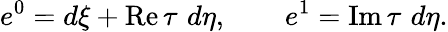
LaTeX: e^{0}=d\xi+\mathrm{Re}\, \tau\, \, d\eta,\quad\quad e^{1}=\mathrm{Im}\, \tau\, \, d\eta.